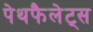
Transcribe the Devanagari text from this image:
पेथफैलेट्स